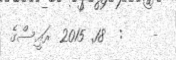
-    :  18